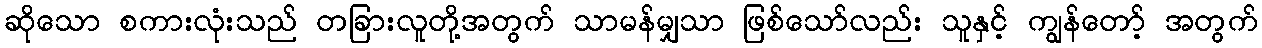
ဆိုသော စကားလုံးသည် တခြားလူတို့အတွက် သာမန်မျှသာ ဖြစ်သော်လည်း သူနှင့် ကျွန်တော့် အတွက်